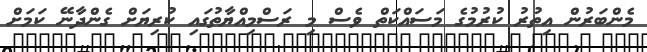
މެންބަރުން އިތުރު ކުރުމުގެ މަސައްކަތް ވެސް މި ރަސްމިއްޔާތުގައި ކުރިޔަށް ގެންދާނޭ ކަމަށް